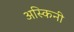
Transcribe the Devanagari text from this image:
अस्किनी